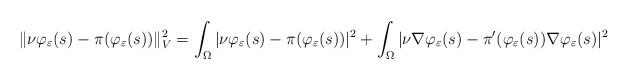
LaTeX: \begin{align*} \| \nu \varphi_{\varepsilon} (s) - \pi(\varphi_{\varepsilon}(s)) \|^2_V = \int_{\Omega} | \nu \varphi_{\varepsilon} (s) - \pi(\varphi_{\varepsilon}(s)) |^2 + \int_{\Omega} | \nu \nabla \varphi_{\varepsilon} (s) - \pi'(\varphi_{\varepsilon}(s)) \nabla \varphi_{\varepsilon}(s) |^2\end{align*}